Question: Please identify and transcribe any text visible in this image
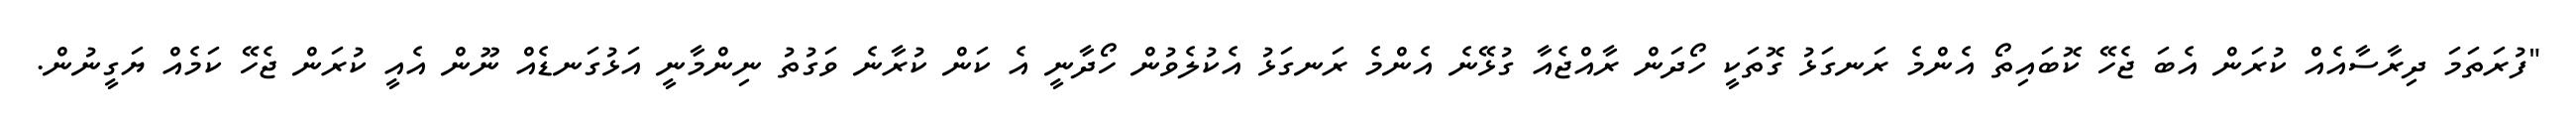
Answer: "ފުރަތަމަ ދިރާސާއެއް ކުރަން އެބަ ޖެހޭ ކޮބައިތޯ އެންމެ ރަނގަޅު ގޮތަކީ ހޯދަން ރާއްޖެއާ ގުޅޭނެ އެންމެ ރަނގަޅު އެކުލެވުން ހޯދާނީ އެ ކަން ކުރާނެ ވަގުތު ނިންމާނީ އަޅުގަނޑެއް ނޫން އެއީ ކުރަން ޖެހޭ ކަމެއް ޔަގީނުން.